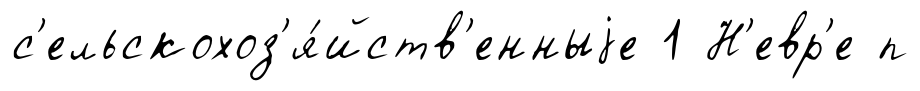
с'ельскохоз'я́йств'енныjе 1 Н'евр'е п